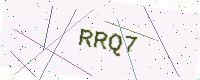
Text: RRQ7